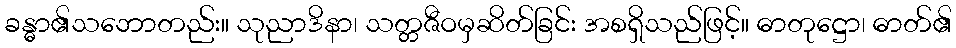
ခန္ဓာ၏သဘောတည်း။ သုညာဒိနာ၊ သတ္တဇီဝမှဆိတ်ခြင်း အစရှိသည်ဖြင့်။ ဓာတုဋ္ဌော၊ ဓာတ်၏